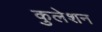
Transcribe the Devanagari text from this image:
कुलेशन